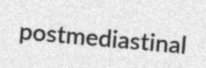
postmediastinal